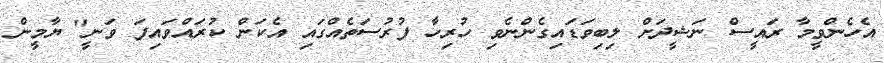
އެހެންވީމާ ރައީސް ނަޝީދަށް ލިބިވަޑައިގެންނެވި ހުރިހާ ފުރުސަތެއްގައި އެކަން ކުރައްވައިފަ ވަނީ" ޔާމީން